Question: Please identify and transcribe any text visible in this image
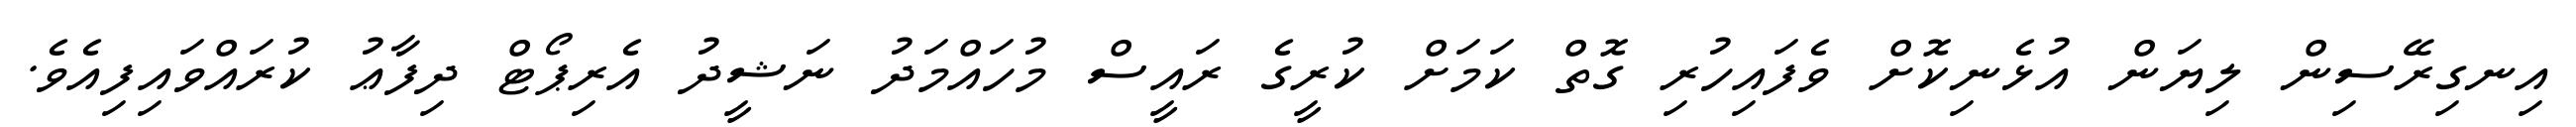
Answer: އިނގިރޭސިން ލިޔަން އުޅެނިކޮށް ވެފައިހުރި ގޮތް ކަމަށް ކުރީގެ ރައީސް މުހައްމަދު ނަޝީދު އެރިޕޯޓް ދިފާޢު ކުރައްވައިފިއެވެ.